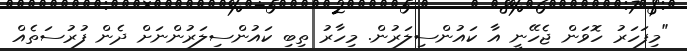
"މިފަހަރު ހޮވަން ޖެހޭނީ އާ ކައުންސިލަރުން. މިހާރު ތިބި ކައުންސިލަރުންނަށް ދެން ފުރުސަތެއް